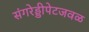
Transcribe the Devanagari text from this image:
संगरेड्डीपेटजवळ